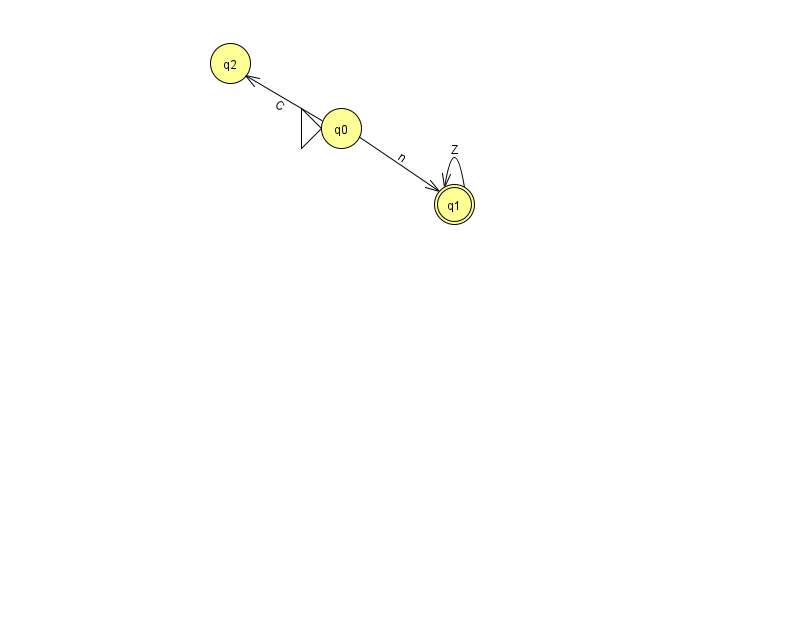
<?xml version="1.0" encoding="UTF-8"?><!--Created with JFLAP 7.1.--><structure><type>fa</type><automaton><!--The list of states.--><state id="0" name="q0"><x>341.0</x><y>115.0</y><initial/></state><state id="1" name="q1"><x>454.0</x><y>191.0</y><final/></state><state id="2" name="q2"><x>230.0</x><y>50.0</y></state><!--The list of transitions.--><transition><from>0</from><to>1</to><read>n</read></transition><transition><from>1</from><to>1</to><read>Z</read></transition><transition><from>0</from><to>2</to><read>C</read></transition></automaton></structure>